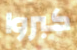
كبروا